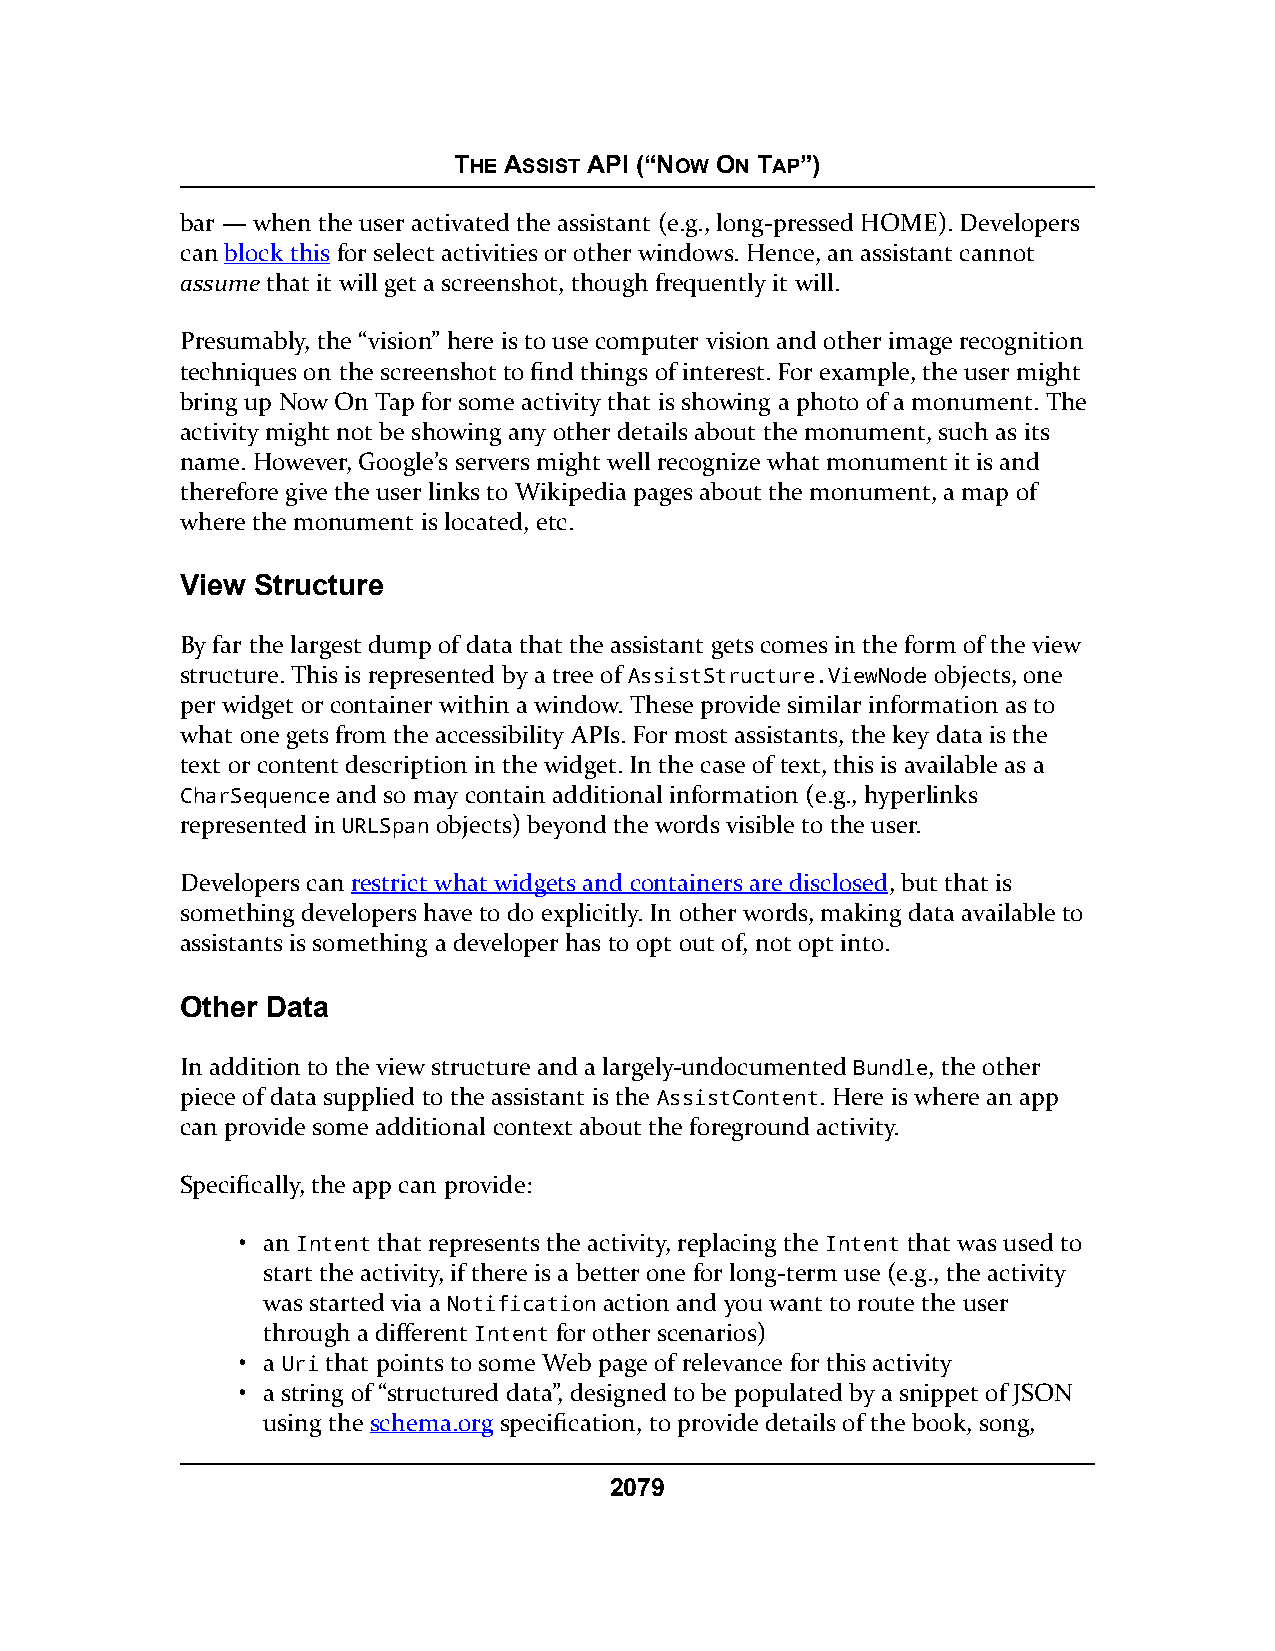
THE ASSIST API (“NOW ON TAP”)
 bar — when the user activated the assistant (e.g., long-pressed HOME). Developers
 can block this for select activities or other windows. Hence, an assistant cannot
 assume that it will get a screenshot, though frequently it will.
 Presumably, the “vision” here is to use computer vision and other image recognition
 techniques on the screenshot to find things of interest. For example, the user might
 bring up Now On Tap for some activity that is showing a photo of a monument. The
 activity might not be showing any other details about the monument, such as its
 name. However, Google’s servers might well recognize what monument it is and
 therefore give the user links to Wikipedia pages about the monument, a map of
 where the monument is located, etc.
 View Structure
 By far the largest dump of data that the assistant gets comes in the form of the view
 structure. This is represented by a tree of AssistStructure.ViewNode objects, one
 per widget or container within a window. These provide similar information as to
 what one gets from the accessibility APIs. For most assistants, the key data is the
 text or content description in the widget. In the case of text, this is available as a
 CharSequence and so may contain additional information (e.g., hyperlinks
 represented in URLSpan objects) beyond the words visible to the user.
 Developers can restrict what widgets and containers are disclosed, but that is
 something developers have to do explicitly. In other words, making data available to
 assistants is something a developer has to opt out of, not opt into.
 Other Data
 In addition to the view structure and a largely-undocumented Bundle, the other
 piece of data supplied to the assistant is the AssistContent. Here is where an app
 can provide some additional context about the foreground activity.
 Specifically, the app can provide:
 • an Intent that represents the activity, replacing the Intent that was used to
 start the activity, if there is a better one for long-term use (e.g., the activity
 was started via a Notification action and you want to route the user
 through a different Intent for other scenarios)
 • a Uri that points to some Web page of relevance for this activity
 • a string of “structured data”, designed to be populated by a snippet of JSON
 using the schema.org specification, to provide details of the book, song,
 2079